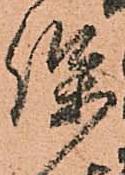
保